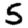
Digit: 5